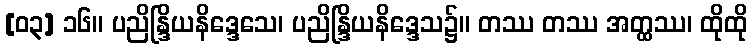
[၀၃] ၁၆။ ပညိန္ဒြိယနိဒ္ဒေသေ၊ ပညိန္ဒြိယနိဒ္ဒေသ၌။ တဿ တဿ အတ္ထဿ၊ ထိုထို